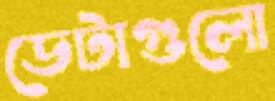
ডেটাগুলো